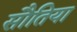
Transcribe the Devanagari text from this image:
सौतिया